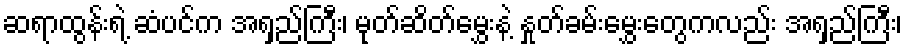
ဆရာထွန်းရဲ့ ဆံပင်က အရှည်ကြီး၊ မုတ်ဆိတ်မွှေးနဲ့ နှုတ်ခမ်းမွှေးတွေကလည်း အရှည်ကြီး၊